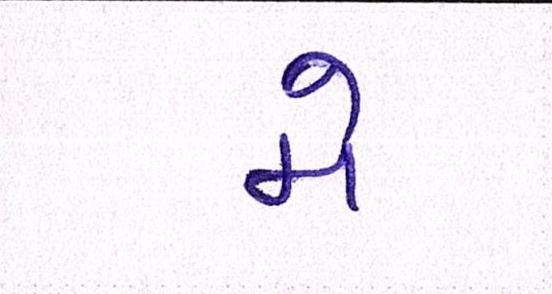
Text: મે